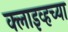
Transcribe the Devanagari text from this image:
क्लाइव्हच्या